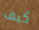
كيف